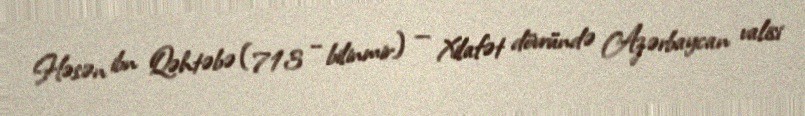
Həsən ibn Qəhtəbə (713 – bilinmir) — Xilafət dövründə Azərbaycan valisi